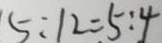
5 : 1 2 = 5 : 4